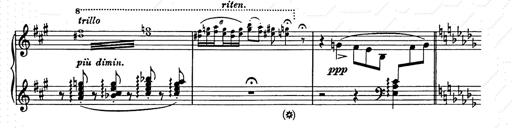
Title: Berceuse
Composer: Lucien Wurmser
Key: A major